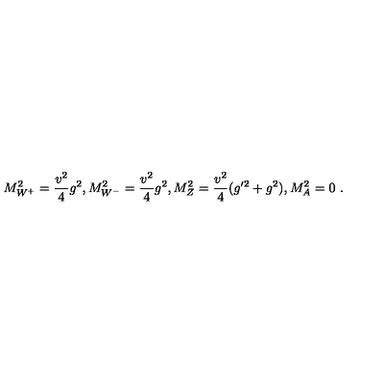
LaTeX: M _ { W ^ { + } } ^ { 2 } = { \frac { v ^ { 2 } } { 4 } } g ^ { 2 } , M _ { W ^ { - } } ^ { 2 } = { \frac { v ^ { 2 } } { 4 } } g ^ { 2 } , M _ { Z } ^ { 2 } = { \frac { v ^ { 2 } } { 4 } } ( g ^ { \prime 2 } + g ^ { 2 } ) , M _ { A } ^ { 2 } = 0 \ .